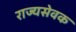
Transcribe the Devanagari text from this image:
राज्यसेवक